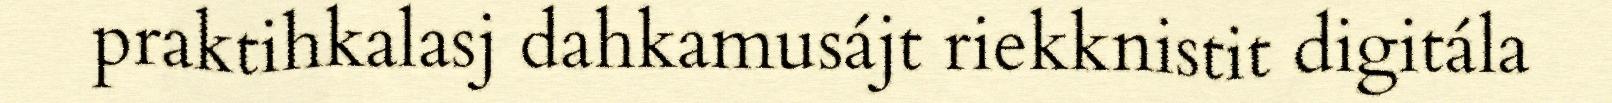
praktihkalasj dahkamusájt riekknistit digitála